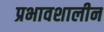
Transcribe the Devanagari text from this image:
प्रभावशालीन